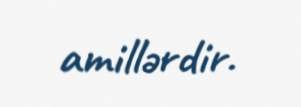
amillərdir.